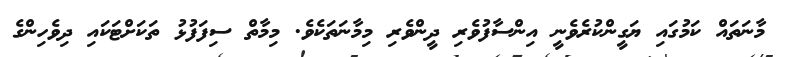
މާނަތައް ކަމުގައި ޔަގީންކުރެވެނީ އިންސާފުވެރި ދީންވެރި މިމާނަތަކެވެ. މިމާތް ސިފަފުޅު ތަކަށްޓަކައި ދިވެހިންގެ